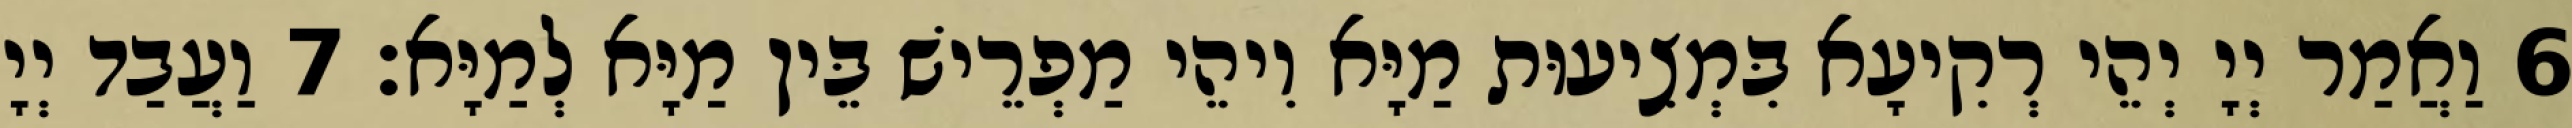
6 וַאֲמַר יְיָ יְהֵי רְקִיעָא בִּמְצִיעוּת מַיָּא וִיהֵי מַפְרֵישׁ בֵּין מַיָּא לְמַיָּא׃ 7 וַעֲבַד יְיָ